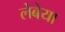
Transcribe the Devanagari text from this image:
लेबेया